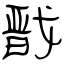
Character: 戬